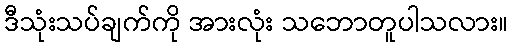
ဒီသုံးသပ်ချက်ကို အားလုံး သဘောတူပါသလား။